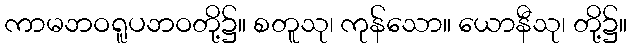
ကာမဘဝရူပဘဝတို့၌။ စတူသု၊ ကုန်သော။ ယောနီသု၊ တို့၌။